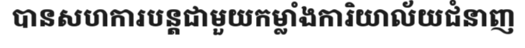
បានសហការបន្តជាមួយកម្លាំងការិយាល័យជំនាញ